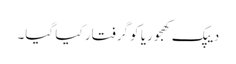
دیپک کھجوریا کو گرفتار کیا گیا۔